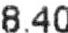
8.40